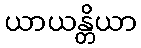
ယာယန္တိယာ